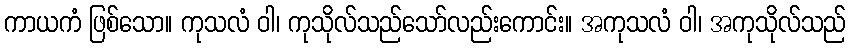
ကာယကံ ဖြစ်သော။ ကုသလံ ဝါ၊ ကုသိုလ်သည်သော်လည်းကောင်း။ အကုသလံ ဝါ၊ အကုသိုလ်သည်